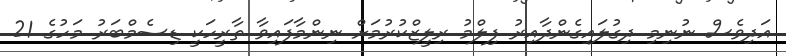
އަދިވެސް ނުނިމި ދިގުލައިގެންދާއިރު ފިލްމު ރިލީޒްކުރުމަށް ނިންމާފައިވާ ތާރީހަކީ ޑިސެމްބަރު މަހުގެ 21